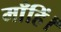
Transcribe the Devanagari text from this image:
माँहिं।